Vaccination in the Punjab 1919-1929 - 1919-1929
Year: 1919
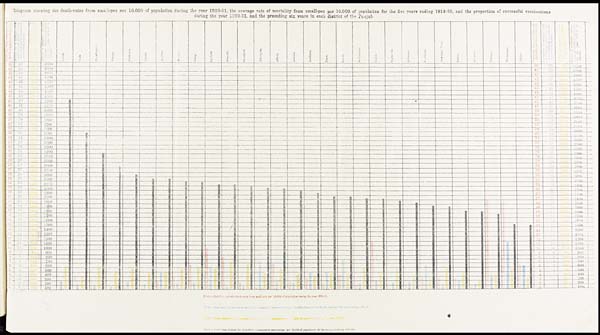
Diagram showing the death-rates from smail-pox per 10,000 of population during the year 1920-21, the average rate of mortality from small-pox per 10,000 of population for the five years ending 1919-20, and the proportion of successful vaccinations
during the year 1920-21, and the preceding six years in each district of the Punjab.